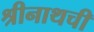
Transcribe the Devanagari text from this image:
श्रीनाथची